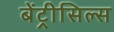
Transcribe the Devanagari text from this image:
बेंट्रीसिल्स